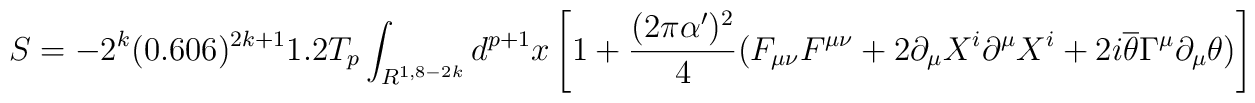
S=-2^k(0.606)^{2k+1}1.2T_p\int_{R^{1,8-2k}}d^{p+1}x \left[1+\frac{(2\pi\alpha')^2}{4}(F_{\mu\nu}F^{\mu\nu}+2\partial_{\mu}X^i\partial^{\mu}X^i+2i\overline{\theta}\Gamma^{\mu}\partial_{\mu}\theta )\right]